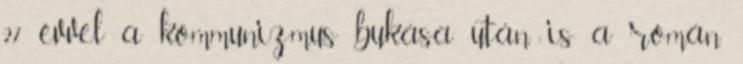
27 évvel a kommunizmus bukása után is a román